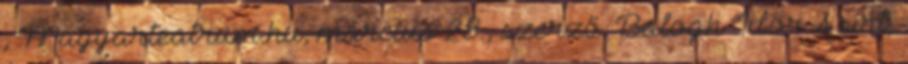
, Magyarteatrum.hu, március 28., szerző: Balogh Tibor A sírt,